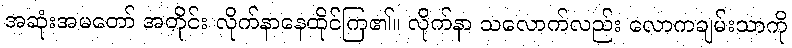
အဆုံးအမတော် အတိုင်း လိုက်နာနေထိုင်ကြ၏။ လိုက်နာ သလောက်လည်း လောကချမ်းသာကို